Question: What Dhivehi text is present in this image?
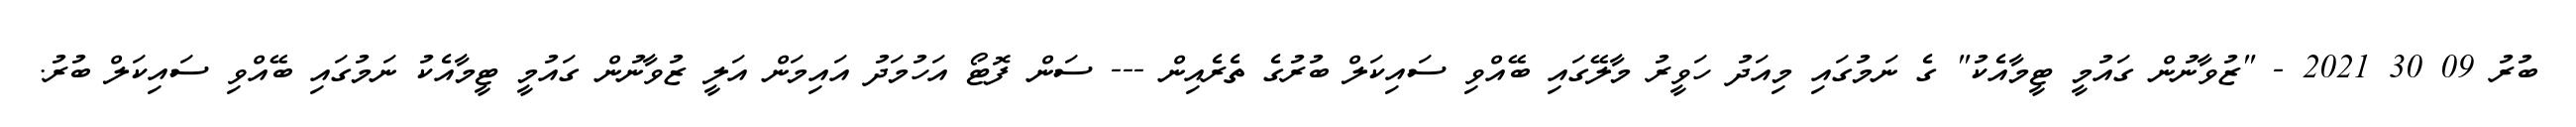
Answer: ބުރު 09 30 2021 - "ޒުވާނުން ގައުމީ ޓީމާއެކު" ގެ ނަމުގައި މިއަދު ހަވީރު މާލޭގައި ބޭއްވި ސައިކަލް ބުރުގެ ތެރެއިން --- ސަން ފޮޓޯ އަހުމަދު އައިމަން އަލީ ޒުވާނުން ގައުމީ ޓީމާއެކު ނަމުގައި ބޭއްވި ސައިކަލް ބުރު.